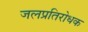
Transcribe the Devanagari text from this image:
जलप्रतिरोधक